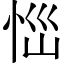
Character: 𢙉